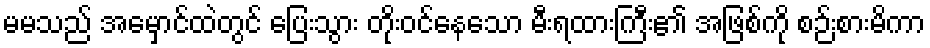
မမသည် အမှောင်ထဲတွင် ပြေးသွား တိုးဝင်နေသော မီးရထားကြီး၏ အဖြစ်ကို စဉ်းစားမိကာ